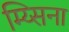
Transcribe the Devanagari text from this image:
म्य्सिना